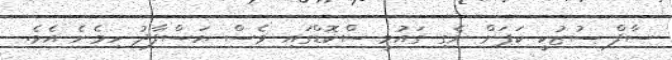
ސާފް ސުޒުކީ ކަޕަށް ނެގި ގައުމީ ސްކޮޑްގައި ވެސް ޔަސްފާދު ހިމެނެ އެވެ.